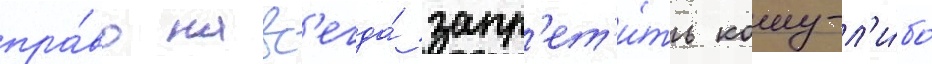
пра́во навс'егда́ запр'ет'и́ть кому-л'и́бо